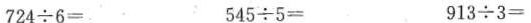
724÷6= 545÷5= 913÷3=